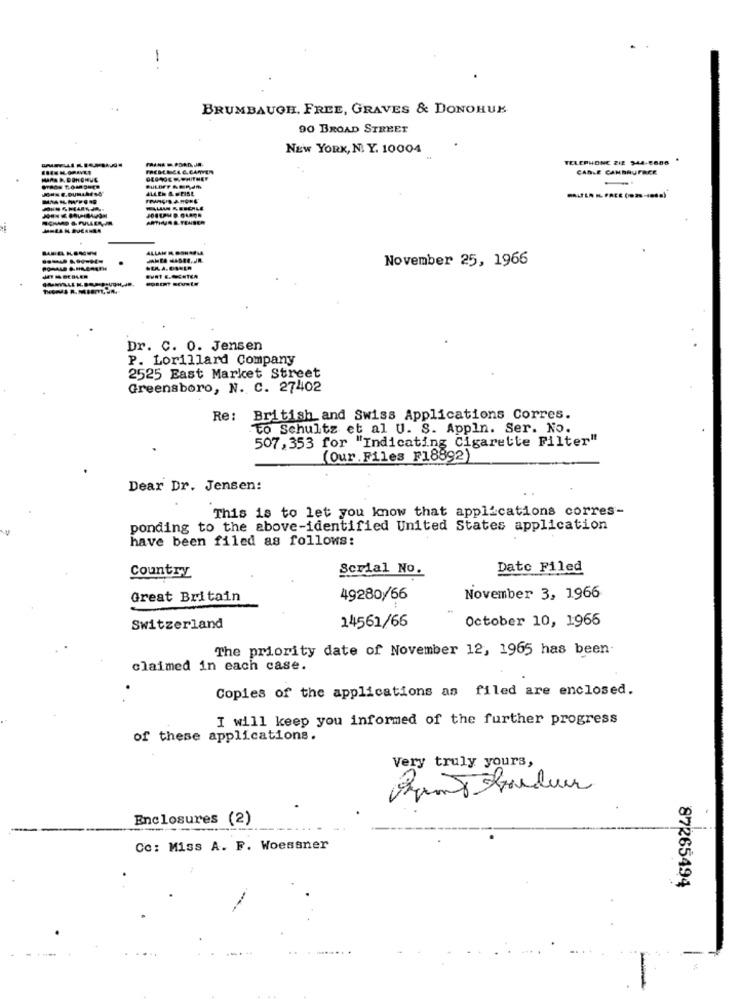
--
BRUMBAUGH, FREE, GRAVES & DONOHUE
90 BROAD STREET
NEW YORK, N. Y. 10004
TELEPHONE 21E 344-6686
CARLE CANBRUFREE
ALLEN &. . FISE
ARTHUR &.TENSER
ALLAH M. OSHAUMA
November 25, 1966
Dr. C. O. Jensen
P. Lorillard Company
2525 East Market Street
Greensboro, N. C. 27402
Re: British and Swiss Applications Corres.
to Schultz et al U. S. Appln. Ser. No.
507, 353 for "Indicating Cigarette Filter"
(Our. Files F18892)
Dear Dr. Jensen:
This is to let you know that applications corres-
ponding to the above-identified United States application
have been filed as follows:
Serial No.
Dato Filed
Country
Great Britain
49280/66
November 3, 1966
14561/66
October 10, 1966
Switzerland
The priority date of November 12, 1965 has been
claimed in each case.
Copies of the applications as filed are enclosed.
I will keep you informed of the further progress
of these applications.
Very truly yours,
Enclosures (2)
Co: Miss A. F. Woessner
87265494